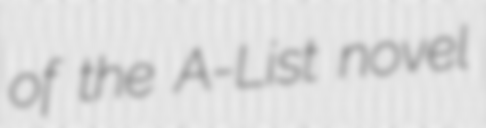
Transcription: of the A-List novel